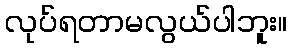
လုပ်ရတာမလွယ်ပါဘူး။